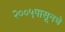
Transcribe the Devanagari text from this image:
२००५पासूनचे